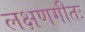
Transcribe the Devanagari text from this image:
लक्षणगीतः